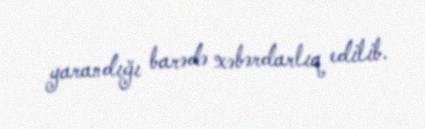
yarandığı barədə xəbərdarlıq edilib.